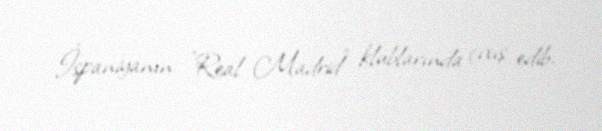
İspaniyanın "Real Madrid" klublarında çıxış edib.